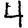
Digit: 4